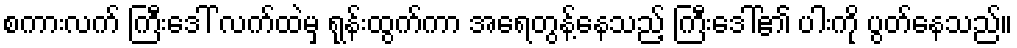
စကားလက် ကြီးဒေါ် လက်ထဲမှ ရုန်းထွက်ကာ အရေတွန့်နေသည့် ကြီးဒေါ်၏ ပါးကို ပွတ်နေသည်။